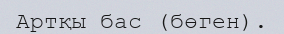
Артқы бас (бөген).